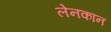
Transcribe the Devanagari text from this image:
लेनकान